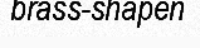
brass-shapen